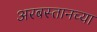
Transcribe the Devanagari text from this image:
अरबस्तानच्या